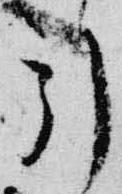
引